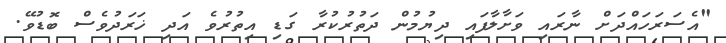
"އެސަރަހައްދަށް ނާރައި ވަށާލާފައި ދިޔުމުން ދަތުރުކުރާ ގަޑި އިތުރުވެ އަދި ޚަރަދުވެސް ބޮޑުވޭ.